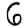
Digit: 6